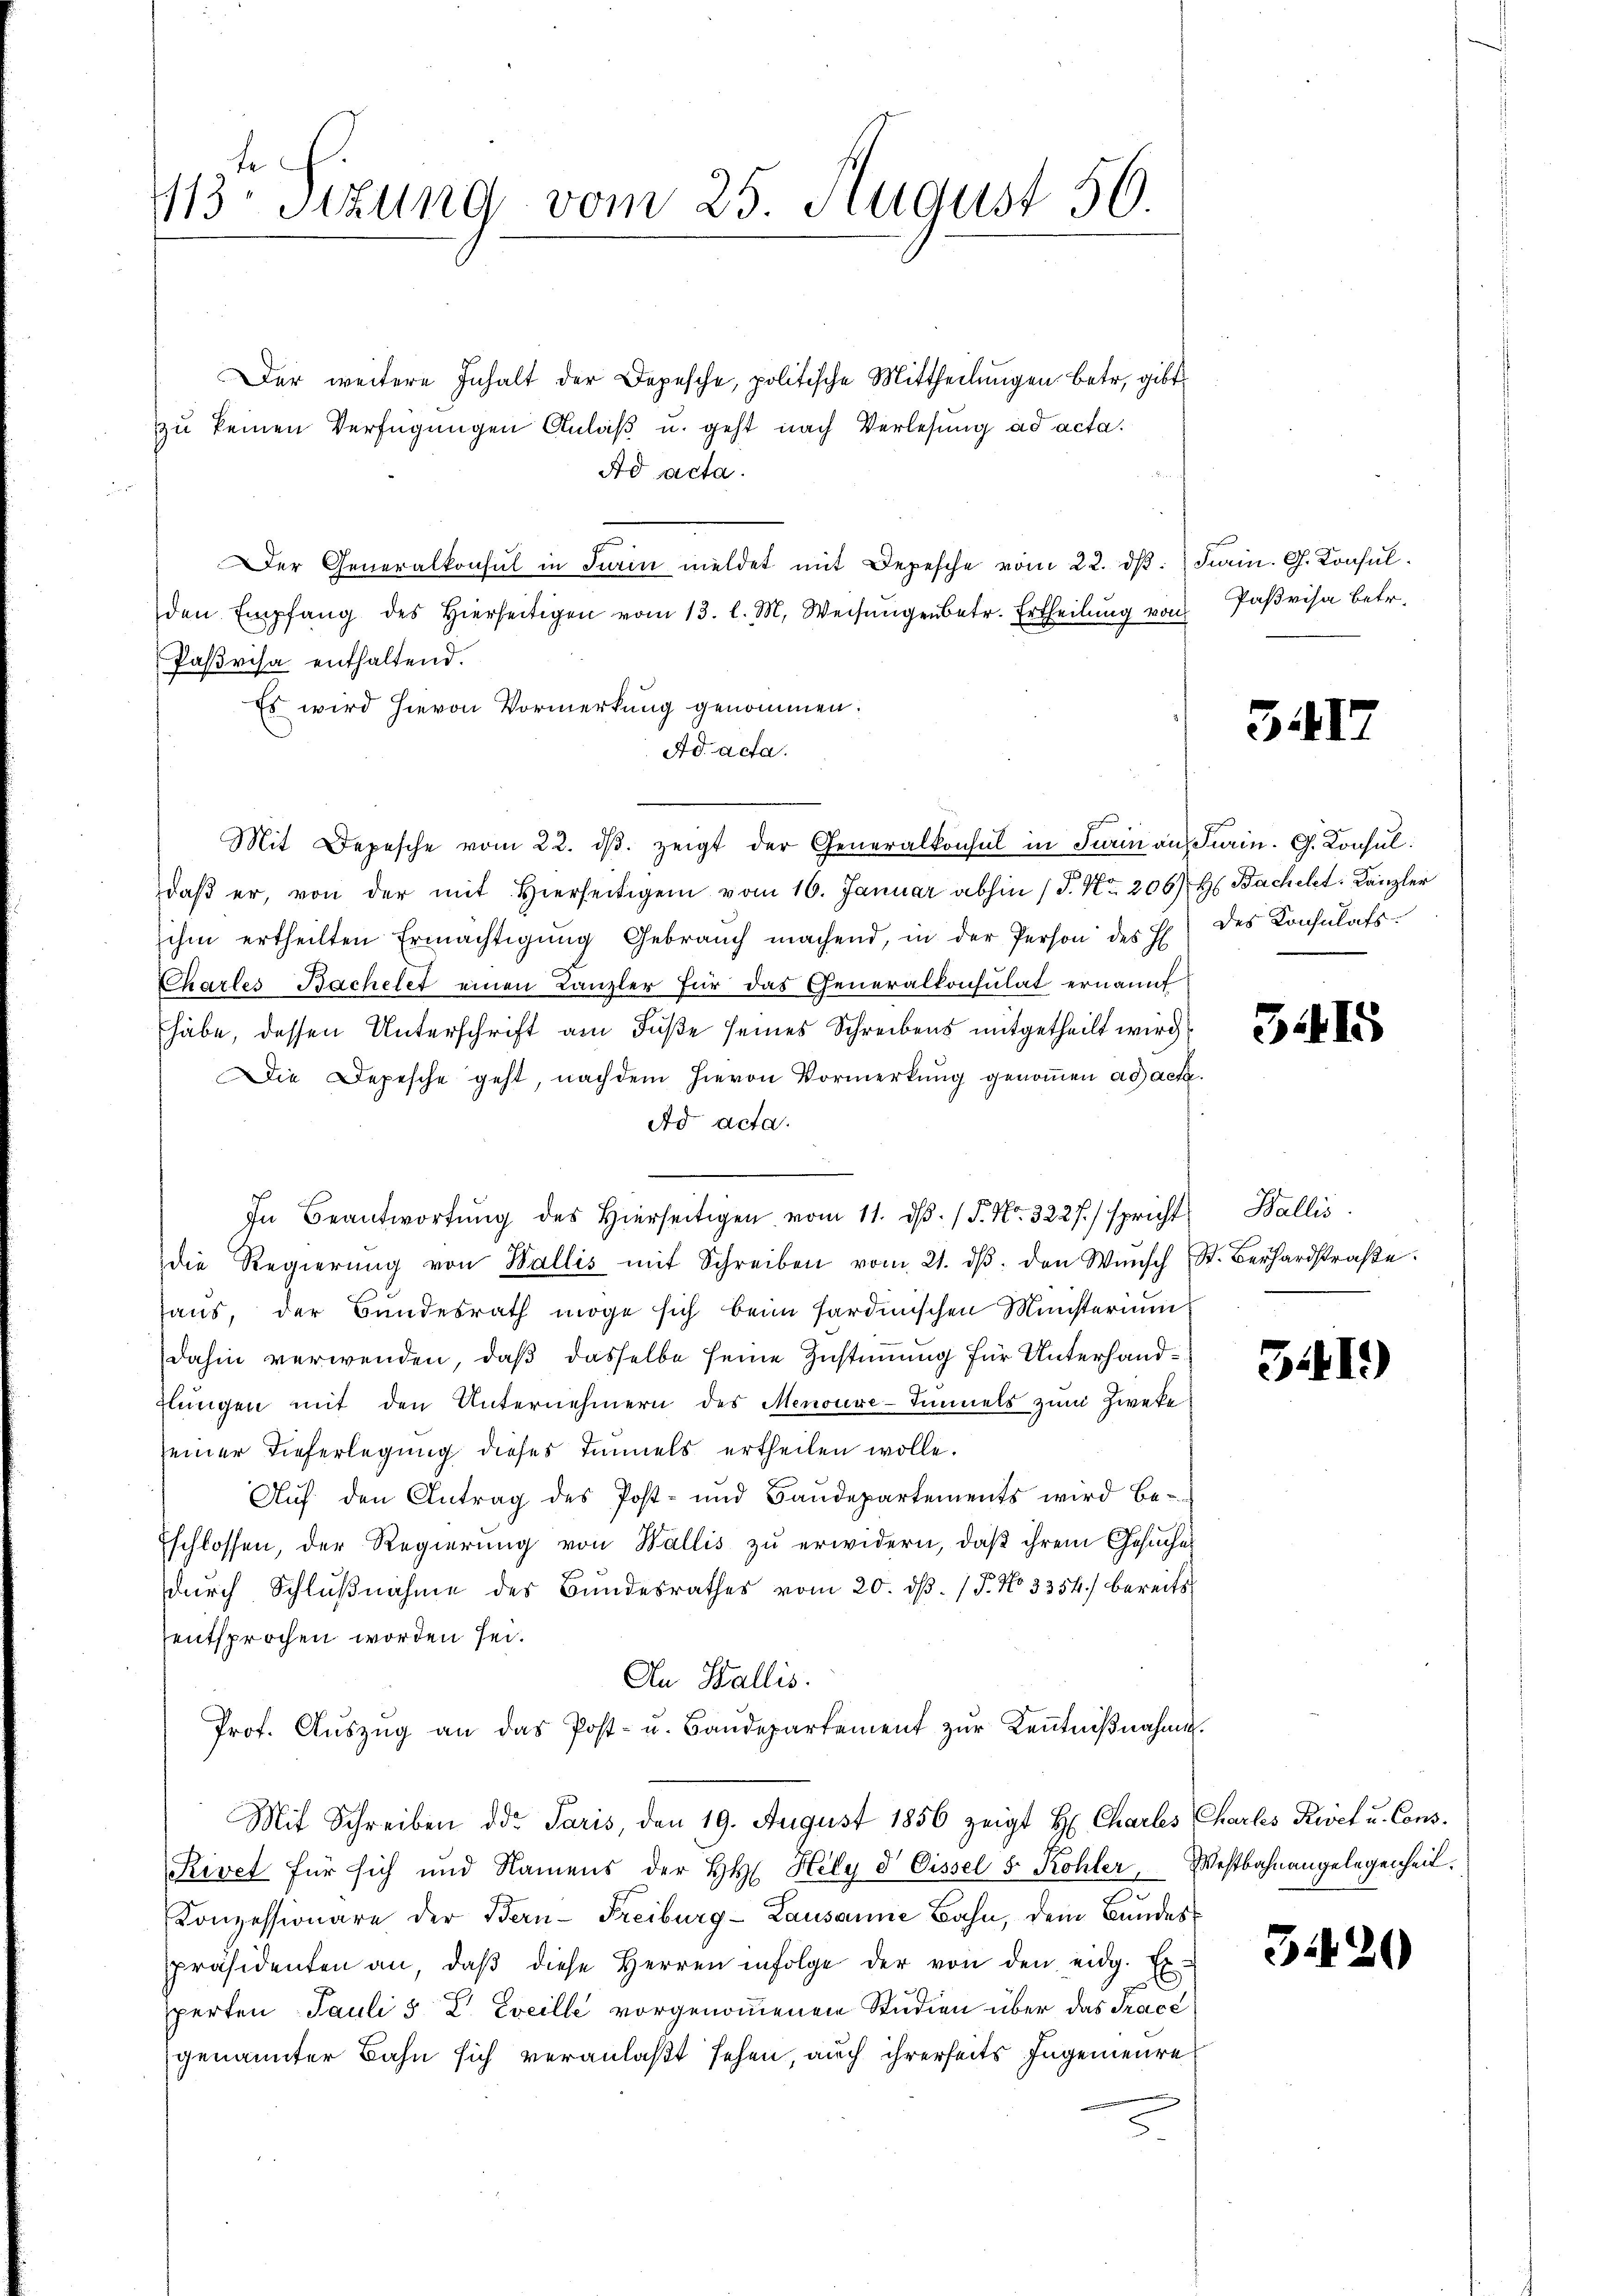
413. Sitzung vom 25. August 50.

Der weitere Inhalt der Depesche, politische Mittheilungen betr. gibt
zu keinen Verfügungen Anlaß u. geht nach Verlesung ad acta.
Ad acta.
Der Generalkonsul in Firin meldet mit Depesche vom 22. d. Juin. G. Konsulden Empfang des hierseitigen vom 13. l. M. Weisungenbetr. Ertheilung von
Pasvisa enthaltend.
Es wird hievon Vormerkung genommen:
Ad acta.
Mit Depesche vom 22. dβ. zeigt der Generalkonsul in Turin an Farin. G. Konsul
daβ er, von der mit Hierseitigen vom 16. Januar abhin (S. Nr. 206) H Bachelet. Kanzler
ihm ertheilten Ermächtigŭng Gebrauch machend, in der Person des E. des Konsulats¬
Charles Bachelet einen Kanzler für das Generalkonsulat ernannt
habe, dessen Unterschrift am Fuße seines Schreibens mitgetheilt wird
Die Depesche geht, nachdem hievon Vormerkung genoṁen ad acta.
Ad acta.
In Beantwortŭng des hierseitigen vom 11. dβ. / P. Nr. 3227.) spricht Wallis.
die Regierŭng von Wallis mit Schreiben vom 21. dβ. den Wŭnsch St. Berhardstraβe.
haŭs, der Bŭndesrath möge sich beim Sardinischen Ministeriums
dahin verwenden, daß dasselbe seine Zustimmung für Unterhanddlŭngen mit den Unternehmern des Menouxe-Immels zum Zweke
seiner Tieferlegung dieses Immels ertheilen wolle.
Aŭf den Antrag des Post- und Baudepartements wird be-
Eschlossen, der Regierung von Wallis zu erwidern, daß ihrem Gesuches
dŭrch Schlŭβnahme des Bundesrathes vom 20. dβ. / P. No 3354) bereits
entsprochen worden sei.
An Wallis.
Prof. Aŭszŭg an das Post- u. Baŭdepartement zŭr Keṅtniβnahme.
Mit Schreiben der Paris, den 19. August 1856 zeigt H. Charles Charles Riet u. Cons.
Kivet für sich und Namens der HH. Hely d Dissel 5 Kohler, Westbahnangelegenheit.
Konzessionäre der Bern-Freiburg-Lausanne Bahn, dem Bundespräsidenten an, daβ diese Herren infolge der von den eidg. Er-
perten Pauli 5 E. Eveille vorgenommenen Studien über das Tracé
genannter Bahn sich veranlaßt sehen, auch ihrerseits Ingenieure

Paßvisa betr.

517

3415

541)

3420